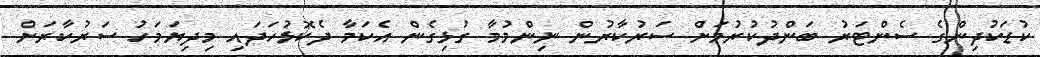
ކުޑަކުދިންގެ ސެންޓަރު ބަންދުކުރުމަށް ސަރުކާރުން ނިންމުމާ ގުޅިގެން އެކަމާ ދެކޮޅުހަދައި މިދިޔަމަހު ސަރުކާރަށް